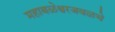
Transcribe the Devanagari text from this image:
महाबळेश्वरजवळचे